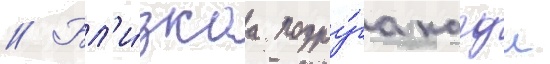
// Бл'и́зкаа подру́га кагуи